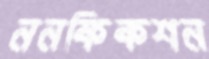
ননফিকশন